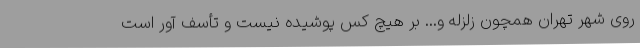
روی شهر تهران همچون زلزله و... بر هیچ کس پوشیده نیست و تأسف آور است